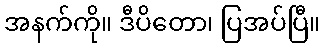
အနက်ကို။ ဒီပိတော၊ ပြအပ်ပြီ။